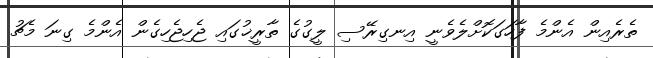
ތެރެއިން އެންމެ ފާހަގަކޮށްލެވެނީ އިނގިރޭސި ލީގުގެ ތާރީޚުގައި ޖެހިޖެހިގެން އެންމެ ގިނަ މެޗު